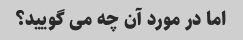
اما در مورد آن چه می گویید؟